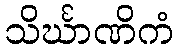
သိင်္ဃာဏိကံ